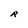
Character: R